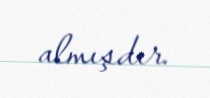
almışdır.